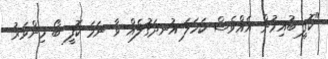
"ކޮފީ ބުއިމުން އެއްވެސް ކަހަލަ އުނދަގުލެއް ވާ ނަމަ ކޮފީ ބޯ މިންވަރު